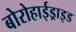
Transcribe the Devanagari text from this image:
बोरोहाईड्राइड